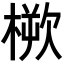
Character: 𣖬